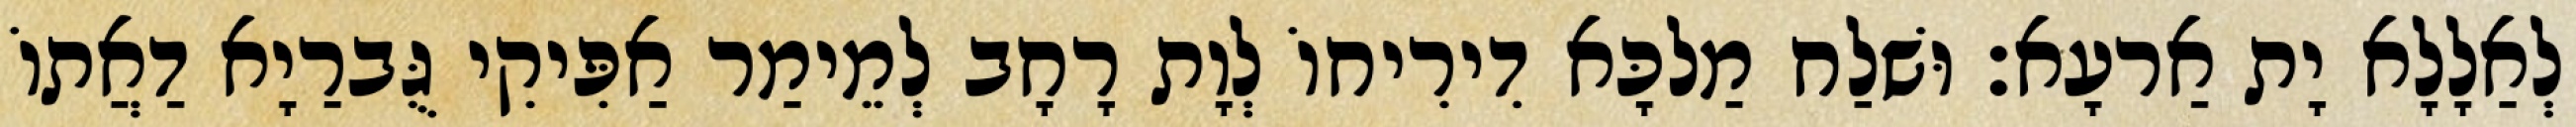
לְאַלָלָא יָת אַרעָא׃ וּשׁלַח מַלכָּא דִירִיחוֹ לְוָת רָחָב לְמֵימַר אַפִּיקִי גֻּברַיָא דַאֲתוֹ